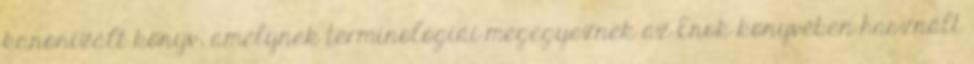
kanonizált könyv, amelynek terminológiái megegyeznek az Énok könyvében használt